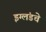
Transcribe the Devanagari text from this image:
इग्लंडचे